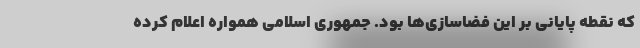
که نقطه پایانی بر این فضاسازی‌ها بود. جمهوری اسلامی همواره اعلام کرده